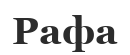
Рафа